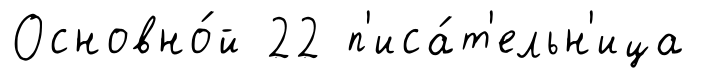
Основно́й 22 п'иса́т'ельн'ица